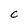
Character: c